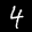
Label: 4